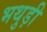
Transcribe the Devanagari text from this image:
भथुड़ी